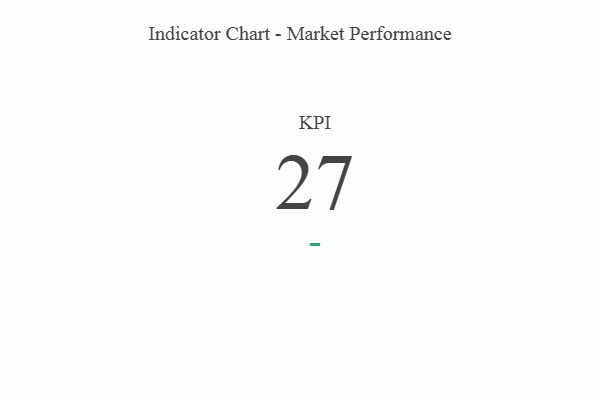
{"axis": {"x": "KPI", "y": "Value"}, "legend": [""], "data": [{"x": "KPI", "y": 27, "type": ""}]}